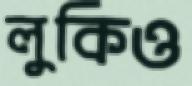
লুকিও